Scottish Leaving Certificate Examination, 1951
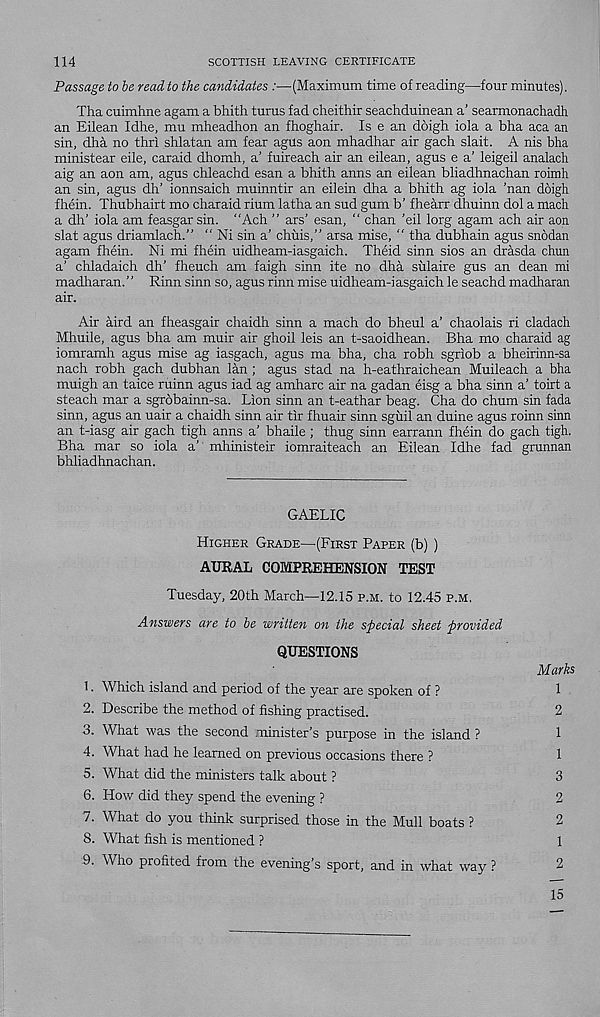
114
SCOTTISH LEAVING CERTIFICATE
Passage to be read to the candidates :—(Maximum time of reading—four minutes).
Tha cuimhne agam a bhith turns fad cheithir seachduinean a’ searmonachadh
an Eilean Idhe, mu mheadhon an fhoghair. Is e an doigh iola a bha aca an
sin, dha no thri shlatan am fear agus aon mhadhar air gach slait. A nis bha
ministear eile, caraid dhomh, a' fuireach air an eilean, agus e a’ leigeil analach
aig an aon am, agus chleachd esan a bhith anns an eilean bliadhnachan roimh
an sin, agus dh’ ionnsaich muinntir an eilein dha a bhith ag iola ’nan doigh
fhein. Thubhairt mo charaid rium latha an sud gum b’ fhearr dhuinn dol a mach
a dh’ iola am feasgar sin. “Ach ” ars’ esan, “ chan ’eil lorg agam ach air aon
slat agus driamlach.” “ Ni sin a’ chuis,” arsa mise, “ tha dubhain agus snodan
agam fhein. Ni mi fhein uidheam-iasgaich. Theid sinn sios an drasda chun
a’ chladaich dh’ fheuch am faigh sinn ite no dha sulaire gus an dean mi
madharan. ’ ’ Rinn sinn so, agus rinn mise uidheam-iasgaich le seachd madharan
air.
Air aird an fheasgair chaidh sinn a mach do bheul a’ chaolais ri cladach
Mhuile, agus bha am muir air ghoil leis an t-saoidhean. Bha mo charaid ag
iomramh agus mise ag iasgach, agus ma bha, cha robh sgriob a bheirinn-sa
nach robh gach dubhan lan ; agus stad na h-eathraichean Muileach a bha
muigh an taice ruinn agus iad ag amharc air na gadan eisg a bha sinn a’ toirt a
steach mar a sgrobainn-sa. Lion sinn an t-eathar beag. Cha do chum sin fada
sinn, agus an uair a chaidh sinn air tir fhuair sinn sgiiil an duine agus roinn sinn
an t-iasg air gach tigh anns a’ bhaile; thug sinn earrann fhein do gach tigh.
Bha mar so iola a’ mhinisteir iomraiteach an Eilean Idhe fad grunnan
bhliadhnachan.
GAELIC
Higher Grade—(First Paper (b) )
AURAL COMPREHENSION TEST
Tuesday, 20th March—12.15 p.m. to 12.45 p.m.
Answers are to be written on the special sheet provided
QUESTIONS
Marks
1. Which island and period of the year are spoken of ?
2. Describe the method of fishing practised.
3. What was the second minister’s purpose in the island ?
4. What had he learned on previous occasions there ?
5. What did the ministers talk about ?
6. How did they spend the evening ?
7. What do you think surprised those in the Mull boats ?
8. What fish is mentioned ?
1
2
1
1
3
2
2
1
2
.9. Who profited from the evening’s sport, and in what way ?
15